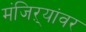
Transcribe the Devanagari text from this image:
मंजिऱ्यांवर